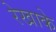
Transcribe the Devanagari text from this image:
रेखाके